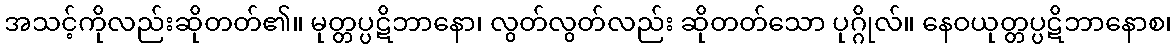
အသင့်ကိုလည်းဆိုတတ်၏။ မုတ္တပ္ပဋိဘာနော၊ လွတ်လွတ်လည်း ဆိုတတ်သော ပုဂ္ဂိုလ်။ နေဝယုတ္တပ္ပဋိဘာနောစ၊